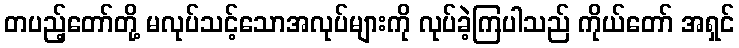
တပည့်တော်တို့ မလုပ်သင့်သောအလုပ်များကို လုပ်ခဲ့ကြပါသည် ကိုယ်တော် အရှင်